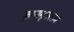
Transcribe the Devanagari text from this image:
कृष्णमृगस्तव